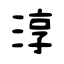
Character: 淳